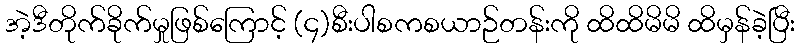
အဲ့ဒီတိုက်ခိုက်မှုဖြစ်ကြောင့် (၄)စီးပါစကစယာဉ်တန်းကို ထိထိမိမိ ထိမှန်ခဲ့ပြီး